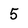
Character: 5